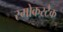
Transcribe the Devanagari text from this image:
स्मोकस्टैक